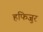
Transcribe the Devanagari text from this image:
हफिजुर